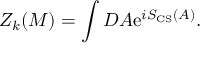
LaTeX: Z _ { k } ( M ) = \int { \cal D } A \mathrm { e } ^ { i S _ { \mathrm { C S } } ( A ) } .